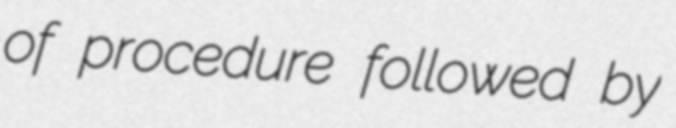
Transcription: of procedure followed by